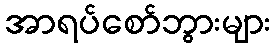
အာရပ်စော်ဘွားများ